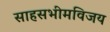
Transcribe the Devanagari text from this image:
साहसभीमविजय